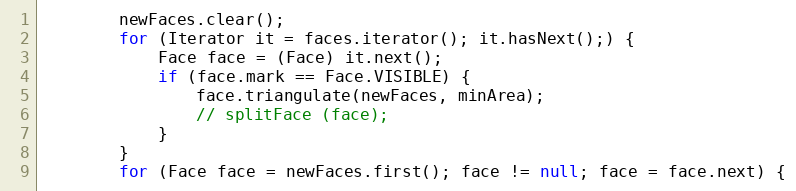
Language: Java
        newFaces.clear();
        for (Iterator it = faces.iterator(); it.hasNext();) {
            Face face = (Face) it.next();
            if (face.mark == Face.VISIBLE) {
                face.triangulate(newFaces, minArea);
                // splitFace (face);
            }
        }
        for (Face face = newFaces.first(); face != null; face = face.next) {